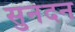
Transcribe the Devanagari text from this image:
सुनंदन